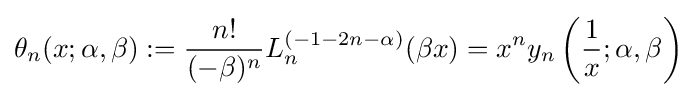
\theta _{n}(x;\alpha ,\beta ):={\frac {n!}{(-\beta )^{n}}}L_{n}^{(-1-2n-\alpha )}(\beta x)=x^{n}y_{n}\left({\frac {1}{x}};\alpha ,\beta \right)